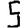
Digit: 5